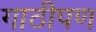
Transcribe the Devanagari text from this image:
गाठीपण